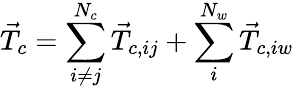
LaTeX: \vec{T}_{c}=\sum_{i\neq j}^{N_{c}}\vec{T}_{c,ij}+\sum_{i}^{N_{w}}\vec{T}_{c,iw}